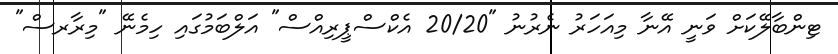
ޓިންބާލޭކަށް ވަނީ އޭނާ މިއަހަރު ނެރުނު "20/20 އެކްސްޕީރިއްސް" އަލްބަމުގައި ހިމެނޭ "މިރާރސް"